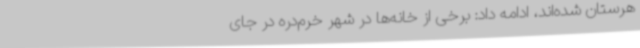
هرستان شده‌اند، ادامه داد: برخی از خانه‌ها در شهر خرم‌دره در جای